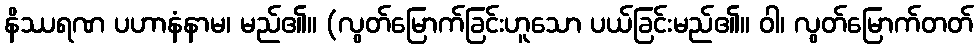
နိဿရဏ ပဟာနံနာမ၊ မည်၏။ (လွတ်မြောက်ခြင်းဟူသော ပယ်ခြင်းမည်၏။ ဝါ၊ လွတ်မြောက်တတ်